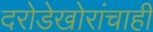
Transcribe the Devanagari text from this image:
दरोडेखोरांचाही